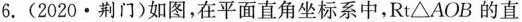
6.(2020·荆门)如图，在平面直角坐标系中，Rt△AOB的直